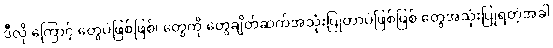
ဒီလို ကြောင့် တွေပဲဖြစ်ဖြစ်၊ တွေကို တွေချိတ်ဆက်အသုံးပြုတာပဲဖြစ်ဖြစ် တွေအသုံးပြုရတဲ့အခါ